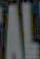
AL